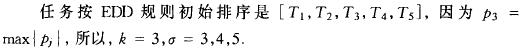
任务按 EDD 规则初始排序是 $[T_1,T_2,T_3,T_4,T_5]$，因为 $p_3 = \max\{p_j\}$，所以，$k = 3, \sigma = 3,4,5$.